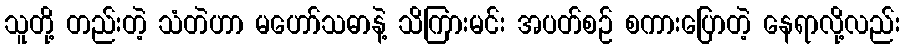
သူတို့ တည်းတဲ့ သံတဲဟာ မဟော်သဓာနဲ့ သိကြားမင်း အပတ်စဉ် စကားပြောတဲ့ နေရာလို့လည်း